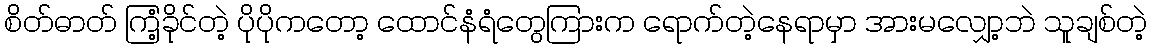
စိတ်ဓာတ် ကြံ့ခိုင်တဲ့ ပိုပိုကတော့ ထောင်နံရံတွေကြားက ရောက်တဲ့နေရာမှာ အားမလျှော့ဘဲ သူချစ်တဲ့